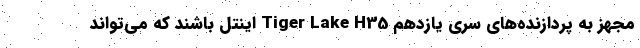
مجهز به پردازنده‌های سری یازدهم Tiger Lake H35 اینتل باشند که می‌تواند